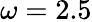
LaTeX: \omega=2.5